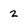
Character: 2